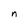
Character: n